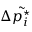
\Delta \tilde { p _ { i } ^ { \star } }